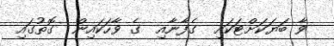
ވާ ބަޔަކަށްޓަކައި  ގެފާނާއި  ގެ ވާހަކައިން  ގޮތުގައި